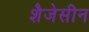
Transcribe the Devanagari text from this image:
शैजेसीन